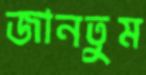
জানতুম